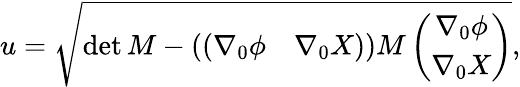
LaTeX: u=\sqrt{\operatorname*{det}{M}-\left(\begin{array}{cc}{{(\nabla_{0}\phi}}&{{\nabla_{0}X)}}\end{array}\right)M\left(\begin{array}{c}{{\nabla_{0}\phi}}\\ {{\nabla_{0}X}}\end{array}\right)},